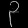
Digit: ၃